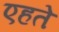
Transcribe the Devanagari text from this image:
एहते